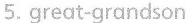
5.great——grandson